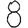
Digit: 8